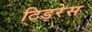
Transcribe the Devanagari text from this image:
टिडरेस